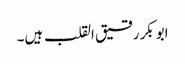
ابوبکر رقیق القلب ہیں۔